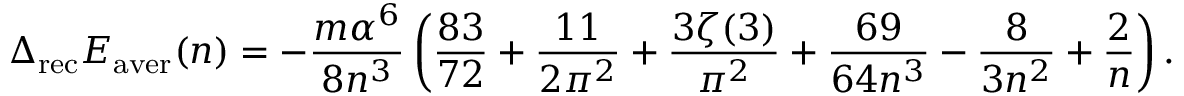
\Delta _ { \mathrm { r e c } } E _ { \mathrm { a v e r } } ( n ) = - \frac { m \alpha ^ { 6 } } { 8 n ^ { 3 } } \left( \frac { 8 3 } { 7 2 } + \frac { 1 1 } { 2 \pi ^ { 2 } } + \frac { 3 \zeta ( 3 ) } { \pi ^ { 2 } } + \frac { 6 9 } { 6 4 n ^ { 3 } } - \frac { 8 } { 3 n ^ { 2 } } + \frac { 2 } { n } \right) .